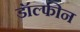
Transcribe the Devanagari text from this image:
डॉल्‍फीन